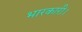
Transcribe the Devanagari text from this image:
भारकारी।